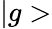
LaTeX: |g>